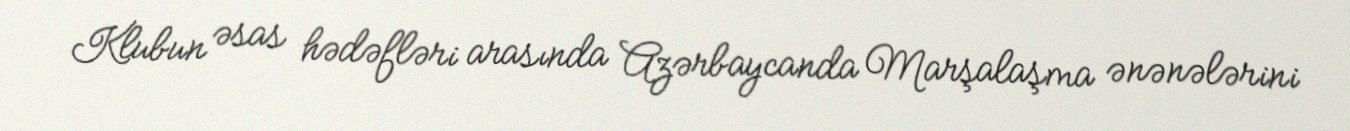
Klubun əsas hədəfləri arasında Azərbaycanda Marşalaşma ənənələrini